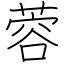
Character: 蓉